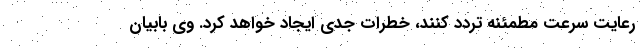
رعایت سرعت مطمئنه تردد کنند، خطرات جدی ایجاد خواهد کرد. وی بابیان